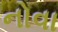
નોવા